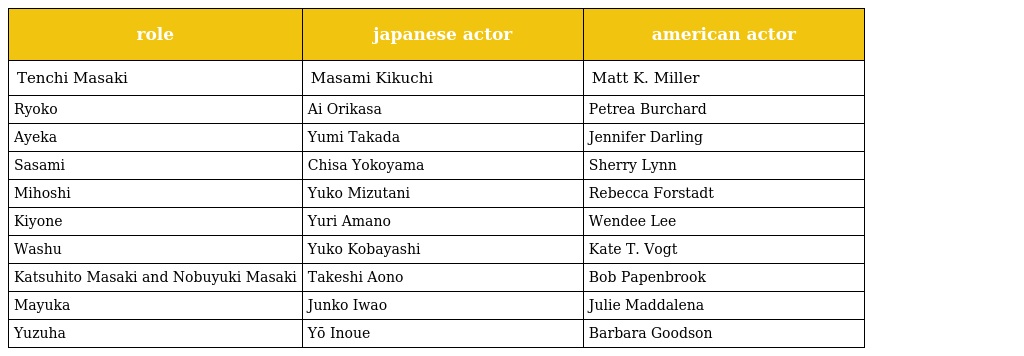
| role | japanese actor | american actor |
 | --- | --- | --- |
 | Tenchi Masaki | Masami Kikuchi | Matt K. Miller |
 | Ryoko | Ai Orikasa | Petrea Burchard |
 | Ayeka | Yumi Takada | Jennifer Darling |
 | Sasami | Chisa Yokoyama | Sherry Lynn |
 | Mihoshi | Yuko Mizutani | Rebecca Forstadt |
 | Kiyone | Yuri Amano | Wendee Lee |
 | Washu | Yuko Kobayashi | Kate T. Vogt |
 | Katsuhito Masaki and Nobuyuki Masaki | Takeshi Aono | Bob Papenbrook |
 | Mayuka | Junko Iwao | Julie Maddalena |
 | Yuzuha | Yō Inoue | Barbara Goodson |